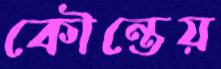
কৌন্তেয়